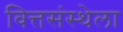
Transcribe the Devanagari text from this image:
वित्तसंस्थेला